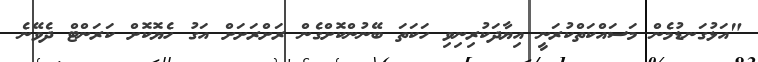
"އަޅުގަނޑުމެން މަސައްކަތްކުރަނީ އިޔާދަކުރިނިވި ހަކަތަ ބޭނުންކޮށްގެން ރަށްރަށަށް އަގު ހެޔޮކޮށް ކަރަންޓް ދެވޭނެ